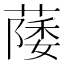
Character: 𫉛